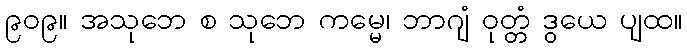
၉၀၉။ အသုဘေ စ သုဘေ ကမ္မေ၊ ဘာဂျံ ဝုတ္တံ ဒွယေ ပျထ။